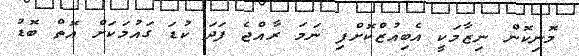
މޮނިކޮން ނިޒާމަކީ އެބިއުޒްކޮށްފި ނަމަ ރާއްޖެ ފަދަ ކުޑަ ގައުމަކަށް އޮތް ބޮޑު